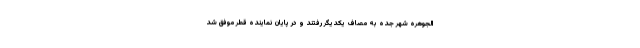
الجوهره شهر جده به مصاف یکدیگر رفتند و در پایان نماینده قطر موفق شد